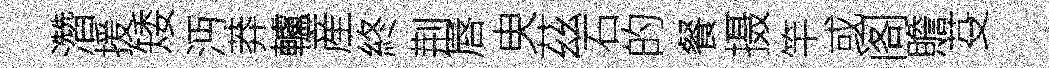
濳援矮沔莽轤産終荆唇㬰茲石的餐摄竿或阁贍芟